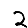
Digit: 2